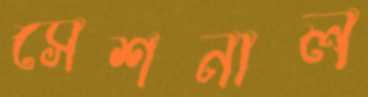
সেশনাল